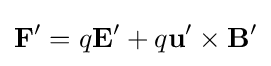
\mathbf {F'} =q\mathbf {E'} +q\mathbf {u'} \times \mathbf {B'}